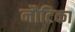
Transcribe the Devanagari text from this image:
नौटिका